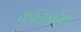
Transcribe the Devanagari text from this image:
कलिंगदेश